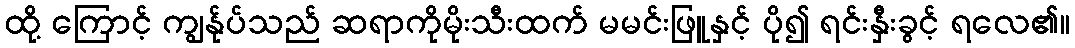
ထို့ ကြောင့် ကျွန်ုပ်သည် ဆရာကိုမိုးသီးထက် မမင်းဖြူနှင့် ပို၍ ရင်းနှီးခွင့် ရလေ၏။